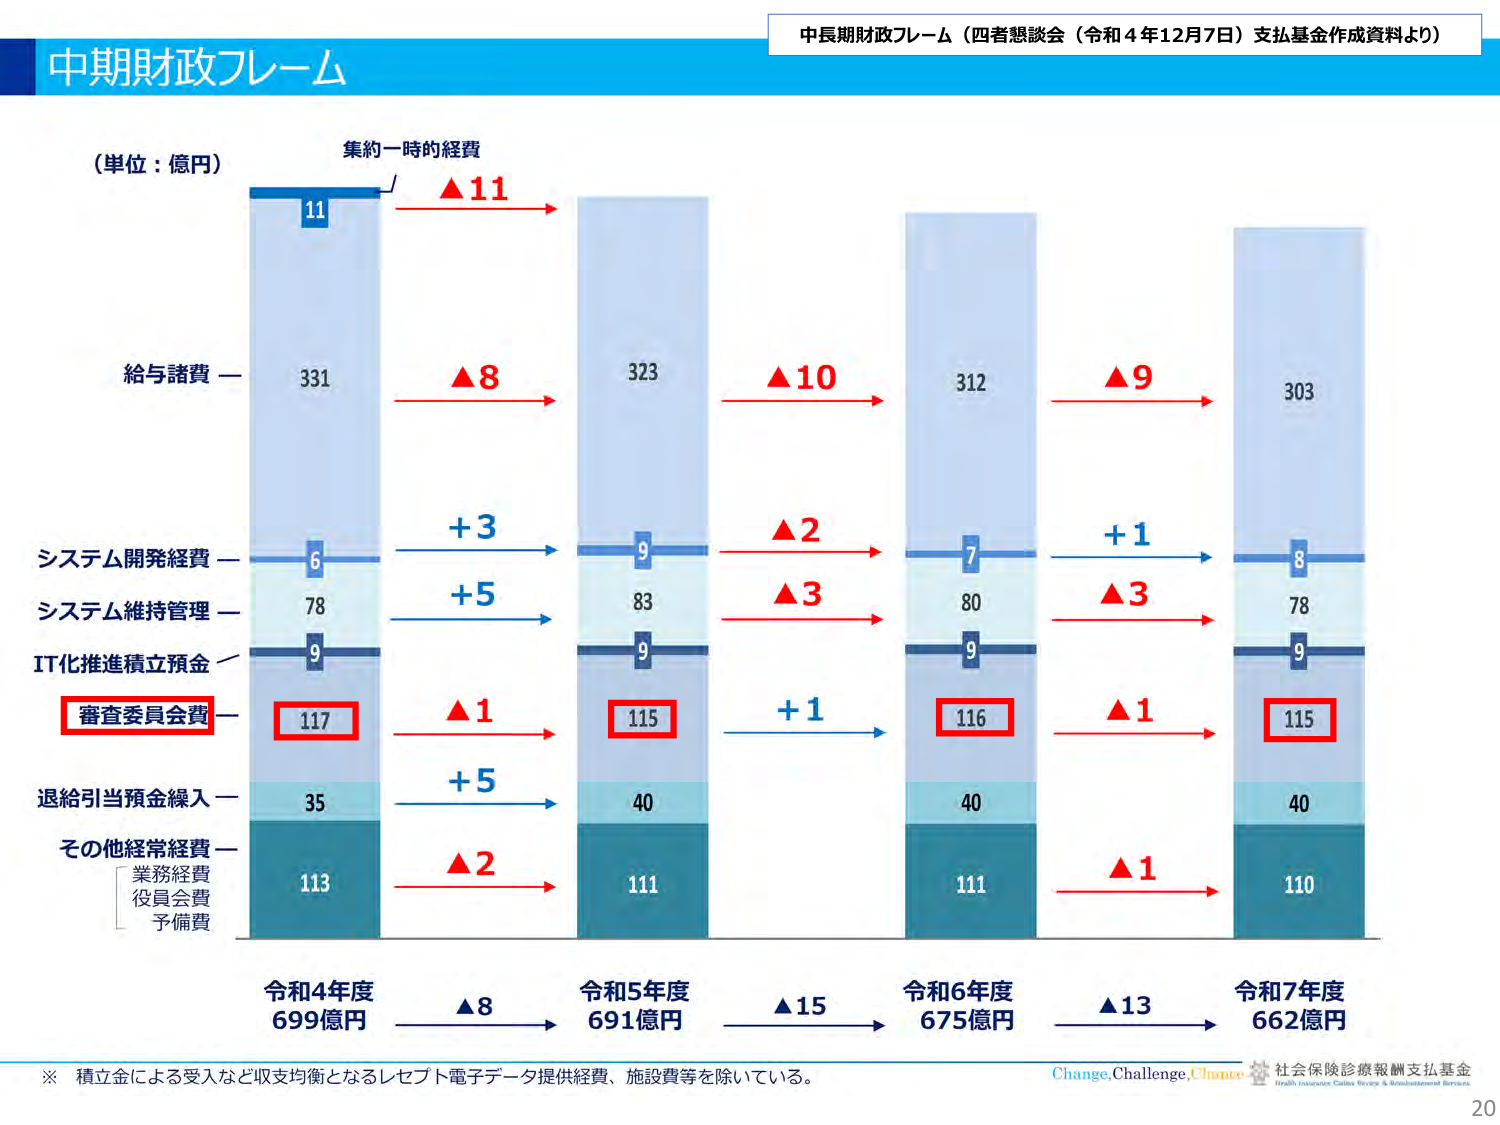
中期財政フレーム
（単位：億円）
集約一時的経費
11
▲11
給与諸費 — 331
▲8
323
▲10
312
▲9
303
システム開発経費 — 6
+3
9
▲2
7
+1
8
システム維持管理 — 78
+5
83
▲3
80
▲3
78
IT化推進積立預金 — 9
9
9
9
審査委員会費 — 117
▲1
115
+1
116
▲1
115
退給引当預金繰入 — 35
+5
40
40
40
その他経常経費 —
業務経費
役員会費
予備費
113
▲2
111
111
▲1
110
令和4年度
699億円
▲8
令和5年度
691億円
▲15
令和6年度
675億円
▲13
令和7年度
662億円
※ 積立金による受入など収支均衡となるレセプト電子データ提供経費、施設費等を除いている。
中長期財政フレーム（四者懇談会（令和4年12月7日）支払基金作成資料より）
Change, Challenge, Chance
社会保険診療報酬支払基金
Health Insurance Claims Review & Reimbursement Services
20